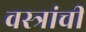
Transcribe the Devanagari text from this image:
वस्त्रांची